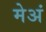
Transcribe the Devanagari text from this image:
मेअं